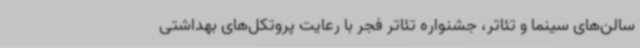
سالن‌های سینما و تئاتر، جشنواره تئاتر فجر با رعایت پروتکل‌های بهداشتی